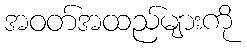
အဝတ်အထည်များကို